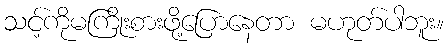
သင့်ကိုမကြိုးစားဖို့ပြောနေတာ မဟုတ်ပါဘူး။